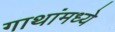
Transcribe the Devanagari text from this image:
गाथांमध्ये